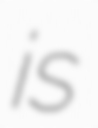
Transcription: is